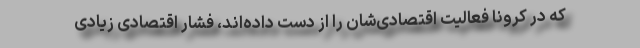
که در کرونا فعالیت اقتصادی‌شان را از دست داده‌اند، فشار اقتصادی زیادی